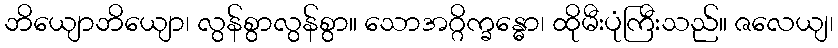
ဘိယျောဘိယျော၊ လွန်စွာလွန်စွာ။ သောအဂ္ဂိက္ခန္ဓော၊ ထိုမီးပုံကြီးသည်။ ဇလေယျ၊